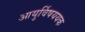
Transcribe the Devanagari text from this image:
आयुर्विषययक